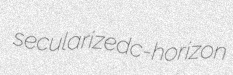
secularized c-horizon